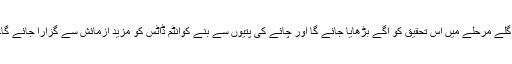
اگلے مرحلے میں اس تحقیق کو آگے بڑھایا جائے گا اور چائے کی پتیوں سے بنے کوانٹم ڈاٹس کو مزید آزمائش سے گزارا جائے گا۔